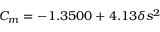
C _ { m } = - 1 . 3 5 0 0 + 4 . 1 3 \delta s ^ { 2 }